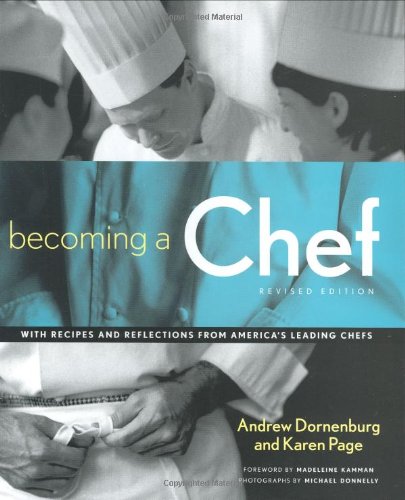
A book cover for Becoming a Chef; Andrew Dornenburg; Cookbooks, Food & Wine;